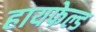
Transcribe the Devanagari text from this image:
हायफेल्ड